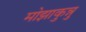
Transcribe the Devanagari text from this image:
मोझाकुन्नु